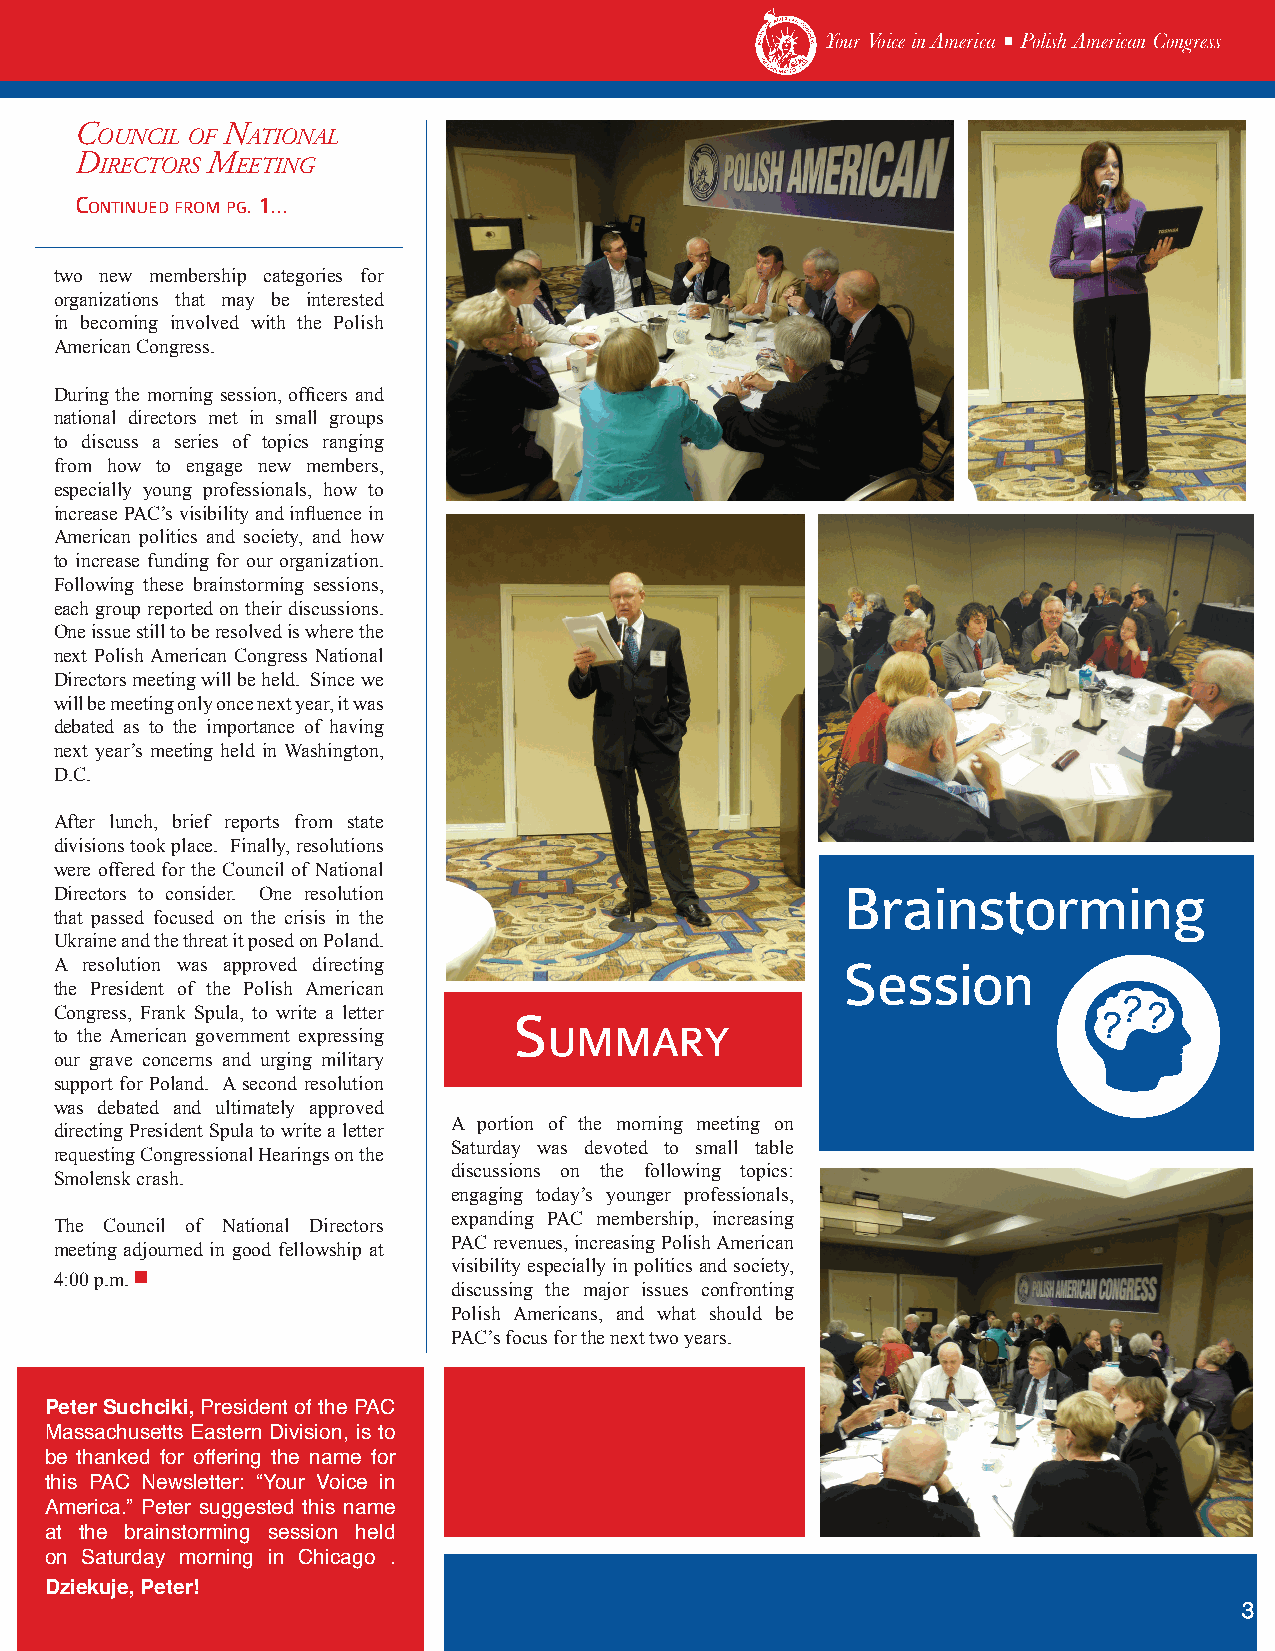
Your Voice in America ■ Polish American Congress
 C         n
 ounCil of ational
 D        M
 ireCtors eeting
 Continued from pg. 1...
 two new membership categories for
 organizations that may be interested
 in becoming involved with the Polish
 American Congress.
 During the morning session, officers and
 national directors met in small groups
 to discuss a series of topics ranging
 from how to engage new members,
 PAC wants to know
 especially young professionals, how to
 increase PAC’s visibility and influence in
 American politics and society, and how
 to increase funding for our organization.
 Following these brainstorming sessions,
 each group reported on their discussions.
 One issue still to be resolved is where the
 next Polish American Congress National
 Directors meeting will be held. Since we
 will be meeting only once next year, it was
 debated as to the importance of having
 next year’s meeting held in Washington,
 D.C.
 After lunch, brief reports from state
 divisions took place. Finally, resolutions
 were offered for the Council of National
 Brainstorming
 Directors to consider. One resolution
 that passed focused on the crisis in the
 Ukraine and the threat it posed on Poland.
 A resolution was approved directing                 Session
 the President of the Polish American
 Congress, Frank Spula, to write a letter S
 to the American government expressing ummary
 our grave concerns and urging military
 support for Poland. A second resolution
 was debated and ultimately approved
 A portion of the morning meeting on
 directing President Spula to write a letter
 Saturday was devoted to small table
 requesting Congressional Hearings on the
 discussions on the following topics:
 Smolensk crash.
 engaging today’s younger professionals,
 expanding PAC membership, increasing
 The Council of National Directors
 PAC revenues, increasing Polish American
 meeting adjourned in good fellowship at
 visibility especially in politics and society,
 4:00 p.m.
 discussing the major issues confronting
 Polish Americans, and what should be
 PAC’s focus for the next two years.
 Peter Suchciki, President of the PAC
 Massachusetts Eastern Division, is to
 be thanked for offering the name for
 this PAC Newsletter: “Your Voice in
 America.” Peter suggested this name
 at the brainstorming session held
 on Saturday morning in Chicago .
 Dziekuje, Peter!
 33